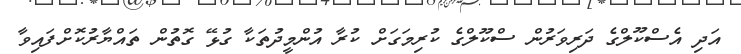
އަދި އެސްކޫލްގެ ދަރިވަރުން ސްކޫލްގެ ކުރިމަގަށް ކުރާ އުންމީދުތަކާ ގުޅޭ ގޮތުން ތައްޔާރުކޮށްފައިވާ